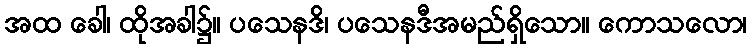
အထ ခေါ၊ ထိုအခါ၌။ ပသေနဒိ၊ ပသေနဒီအမည်ရှိသော။ ကောသလော၊